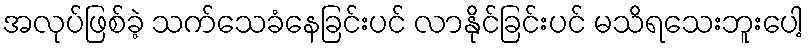
အလုပ်ဖြစ်ခဲ့ သက်သေခံနေခြင်းပင် လာနိုင်ခြင်းပင် မသိရသေးဘူးပေါ့